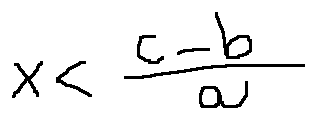
x < \frac { c - b } { a }